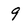
Character: 9